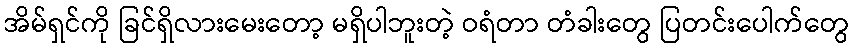
အိမ်ရှင်ကို ခြင်ရှိလားမေးတော့ မရှိပါဘူးတဲ့ ဝရံတာ တံခါးတွေ ပြတင်းပေါက်တွေ